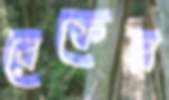
রেফের